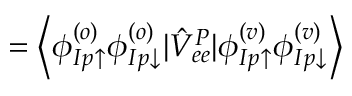
= \left< \phi _ { I p \uparrow } ^ { ( o ) } \phi _ { I p \downarrow } ^ { ( o ) } | \hat { V } _ { e e } ^ { P } | { \phi _ { I p \uparrow } ^ { ( v ) } \phi _ { I p \downarrow } ^ { ( v ) } } \right>